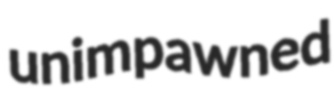
unimpawned